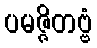
ပမဇ္ဇိတဗ္ဗံ